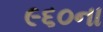
૯૬૦ના